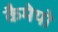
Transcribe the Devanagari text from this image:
कैमेयो